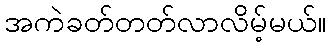
အကဲခတ်တတ်လာလိမ့်မယ်။